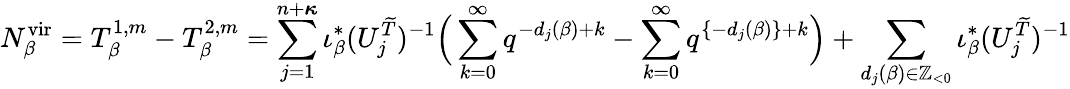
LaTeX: N_{\beta}^{\mathrm{vir}}=T_{\beta}^{1,m}-T_{\beta}^{2,m}=\sum_{j=1}^{n+{\boldsymbol{\kappa}}}\iota_{\beta}^{*}(U_{j}^{\widetilde{T}})^{-1}\Big(\sum_{k=0}^{\infty}q^{-d_{j}(\beta)+k}-\sum_{k=0}^{\infty}q^{\{ -d_{j}(\beta)\} +k}\Big)+\sum_{d_{j}(\beta)\in\mathbb{Z}_{<0}}\iota_{\beta}^{*}(U_{j}^{\widetilde{T}})^{-1}